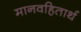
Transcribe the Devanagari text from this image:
मानवहितार्थ